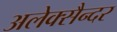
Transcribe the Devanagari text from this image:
अलेक्सैन्दर